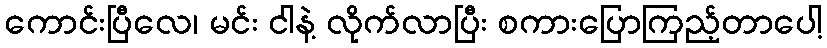
ကောင်းပြီလေ၊ မင်း ငါနဲ့ လိုက်လာပြီး စကားပြောကြည့်တာပေါ့